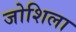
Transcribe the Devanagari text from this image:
जोशिला